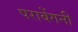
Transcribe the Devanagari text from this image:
पराबेंगनी